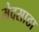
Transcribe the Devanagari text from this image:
मेदसाठा